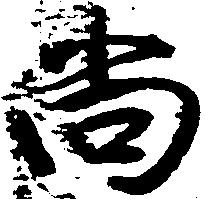
尚